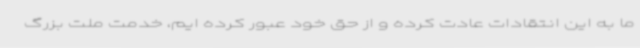
ما به این انتقادات عادت کرده و از حق خود عبور کرده ایم، خدمت ملت بزرگ